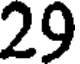
29